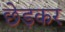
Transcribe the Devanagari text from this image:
छेड़कर